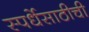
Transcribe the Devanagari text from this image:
स्पर्धेसाठीची